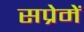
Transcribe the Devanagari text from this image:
सप्रेमें